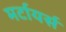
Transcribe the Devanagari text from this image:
मर्टायर्स